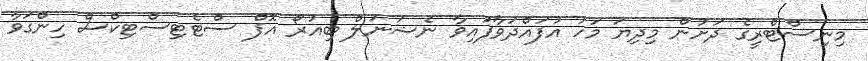
މިނިސްޓްރީގެ ދަށުން މިދިޔަ މަހު އުފައްދަވާފައިވާ ނެޝަނަލް ބިއުރޯ އޮފް ސްޓެޓިސްޓިކްސް ހިންގަވާ